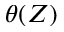
\theta ( Z )